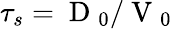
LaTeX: \tau_{s}=\mathrm{~D~}_{0}/\mathrm{~V~}_{0}